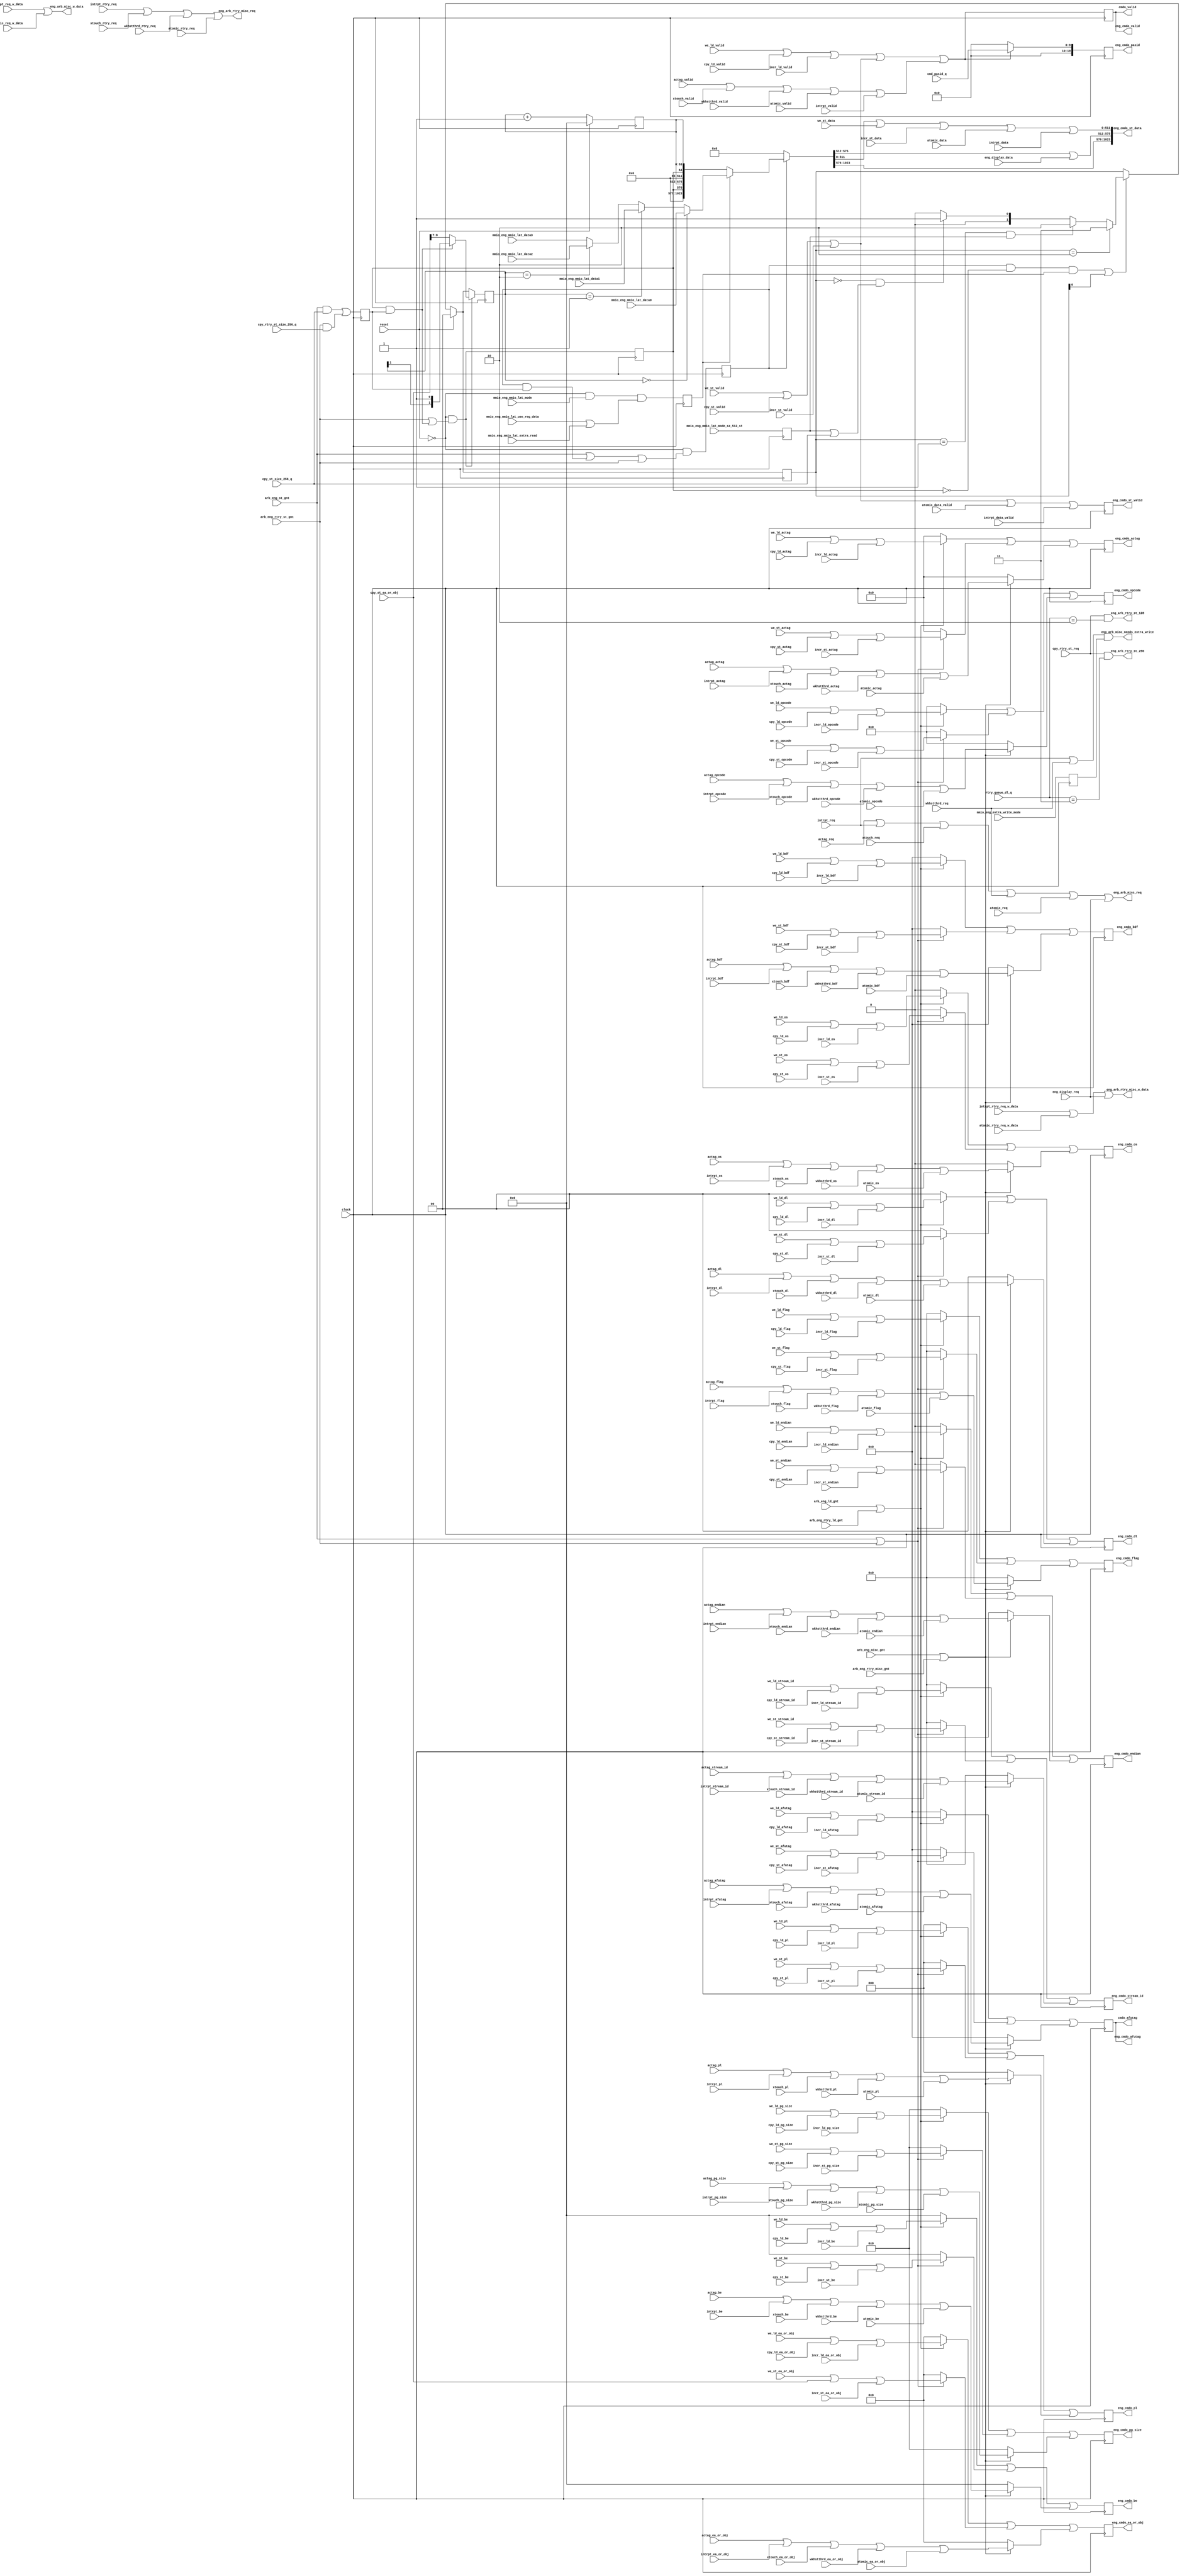
// *!***************************************************************************
// *! Copyright 2019 International Business Machines
// *!
// *! Licensed under the Apache License, Version 2.0 (the "License");
// *! you may not use this file except in compliance with the License.
// *! You may obtain a copy of the License at
// *! http://www.apache.org/licenses/LICENSE-2.0 
// *!
// *! The patent license granted to you in Section 3 of the License, as applied
// *! to the "Work," hereby includes implementations of the Work in physical form.  
// *!
// *! Unless required by applicable law or agreed to in writing, the reference design
// *! distributed under the License is distributed on an "AS IS" BASIS,
// *! WITHOUT WARRANTIES OR CONDITIONS OF ANY KIND, either express or implied.
// *! See the License for the specific language governing permissions and
// *! limitations under the License.
// *! 
// *! The background Specification upon which this is based is managed by and available from
// *! the OpenCAPI Consortium.  More information can be found at https://opencapi.org. 
// *!***************************************************************************
`timescale 1ns / 1ps

module afp3_eng_cmd_out
  (
  // -- Clocks and Reset
    input                 clock                                           
  , input                 reset

  // -- Register settings
  , input                 mmio_eng_extra_write_mode
  , input                 mmio_eng_mmio_lat_mode
  , input                 mmio_eng_mmio_lat_mode_sz_512_st
  , input                 mmio_eng_mmio_lat_use_reg_data
  , input                 mmio_eng_mmio_lat_extra_read

  , input        [1023:0] mmio_eng_mmio_lat_data0
  , input        [1023:0] mmio_eng_mmio_lat_data1
  , input        [1023:0] mmio_eng_mmio_lat_data2
  , input        [1023:0] mmio_eng_mmio_lat_data3

  // -- Inbound Arbitration Requests from each sequencer
  , input                 actag_req
  //, input                 we_ld_req
  //, input                 we_rtry_ld_req
  , input                 xtouch_req
  , input                 xtouch_rtry_req
  //, input                 cpy_ld_req
  //, input                 cpy_rtry_ld_req
  //, input                 cpy_st_req
  , input                 cpy_rtry_st_req
  , input                 wkhstthrd_req
  , input                 wkhstthrd_rtry_req
  //, input                 incr_ld_req
  //, input                 incr_st_req
  //, input                 incr_rtry_ld_req
  //, input                 incr_rtry_st_req
  , input                 atomic_req
  , input                 atomic_req_w_data
  , input                 atomic_rtry_req
  , input                 atomic_rtry_req_w_data
  , input                 intrpt_req
  , input                 intrpt_req_w_data
  , input                 intrpt_rtry_req
  , input                 intrpt_rtry_req_w_data
  //, input                 we_st_req
  //, input                 we_rtry_st_req
  , input                 eng_display_req

  // -- Inbound Command Buses from each sequencer
  , input                 actag_valid
  , input           [7:0] actag_opcode
  , input          [11:0] actag_actag
  , input           [3:0] actag_stream_id
  , input          [67:0] actag_ea_or_obj
  , input          [15:0] actag_afutag
  , input           [1:0] actag_dl
  , input           [2:0] actag_pl
  , input                 actag_os
  , input          [63:0] actag_be
  , input           [3:0] actag_flag
  , input                 actag_endian
  , input          [15:0] actag_bdf
  //, input          [19:0] actag_pasid
  , input           [5:0] actag_pg_size

  , input                 we_ld_valid
  , input           [7:0] we_ld_opcode
  , input          [11:0] we_ld_actag
  , input           [3:0] we_ld_stream_id
  , input          [67:0] we_ld_ea_or_obj
  , input          [15:0] we_ld_afutag
  , input           [1:0] we_ld_dl
  , input           [2:0] we_ld_pl
  , input                 we_ld_os
  , input          [63:0] we_ld_be
  , input           [3:0] we_ld_flag
  , input                 we_ld_endian
  , input          [15:0] we_ld_bdf
  //, input          [19:0] we_ld_pasid
  , input           [5:0] we_ld_pg_size

  , input                 xtouch_valid
  , input           [7:0] xtouch_opcode
  , input          [11:0] xtouch_actag
  , input           [3:0] xtouch_stream_id
  , input          [67:0] xtouch_ea_or_obj
  , input          [15:0] xtouch_afutag
  , input           [1:0] xtouch_dl
  , input           [2:0] xtouch_pl
  , input                 xtouch_os
  , input          [63:0] xtouch_be
  , input           [3:0] xtouch_flag
  , input                 xtouch_endian
  , input          [15:0] xtouch_bdf
  //, input          [19:0] xtouch_pasid
  , input           [5:0] xtouch_pg_size

  , input                 cpy_ld_valid
  , input           [7:0] cpy_ld_opcode
  , input          [11:0] cpy_ld_actag
  , input           [3:0] cpy_ld_stream_id
  , input          [67:0] cpy_ld_ea_or_obj
  , input          [15:0] cpy_ld_afutag
  , input           [1:0] cpy_ld_dl
  , input           [2:0] cpy_ld_pl
  , input                 cpy_ld_os
  , input          [63:0] cpy_ld_be
  , input           [3:0] cpy_ld_flag
  , input                 cpy_ld_endian
  , input          [15:0] cpy_ld_bdf
  //, input          [19:0] cpy_ld_pasid
  , input           [5:0] cpy_ld_pg_size

  , input                 cpy_st_valid
  , input           [7:0] cpy_st_opcode
  , input          [11:0] cpy_st_actag
  , input           [3:0] cpy_st_stream_id
  , input          [67:0] cpy_st_ea_or_obj
  , input          [15:0] cpy_st_afutag
  , input           [1:0] cpy_st_dl
  , input           [2:0] cpy_st_pl
  , input                 cpy_st_os
  , input          [63:0] cpy_st_be
  , input           [3:0] cpy_st_flag
  , input                 cpy_st_endian
  , input          [15:0] cpy_st_bdf
  //, input          [19:0] cpy_st_pasid
  , input           [5:0] cpy_st_pg_size

  , input                 wkhstthrd_valid
  , input           [7:0] wkhstthrd_opcode
  , input          [11:0] wkhstthrd_actag
  , input           [3:0] wkhstthrd_stream_id
  , input          [67:0] wkhstthrd_ea_or_obj
  , input          [15:0] wkhstthrd_afutag
  , input           [1:0] wkhstthrd_dl
  , input           [2:0] wkhstthrd_pl
  , input                 wkhstthrd_os
  , input          [63:0] wkhstthrd_be
  , input           [3:0] wkhstthrd_flag
  , input                 wkhstthrd_endian
  , input          [15:0] wkhstthrd_bdf
  //, input          [19:0] wkhstthrd_pasid
  , input           [5:0] wkhstthrd_pg_size

  , input                 incr_ld_valid
  , input           [7:0] incr_ld_opcode
  , input          [11:0] incr_ld_actag
  , input           [3:0] incr_ld_stream_id
  , input          [67:0] incr_ld_ea_or_obj
  , input          [15:0] incr_ld_afutag
  , input           [1:0] incr_ld_dl
  , input           [2:0] incr_ld_pl
  , input                 incr_ld_os
  , input          [63:0] incr_ld_be
  , input           [3:0] incr_ld_flag
  , input                 incr_ld_endian
  , input          [15:0] incr_ld_bdf
  //, input          [19:0] incr_ld_pasid
  , input           [5:0] incr_ld_pg_size

  , input                 incr_st_valid
  , input           [7:0] incr_st_opcode
  , input          [11:0] incr_st_actag
  , input           [3:0] incr_st_stream_id
  , input          [67:0] incr_st_ea_or_obj
  , input          [15:0] incr_st_afutag
  , input           [1:0] incr_st_dl
  , input           [2:0] incr_st_pl
  , input                 incr_st_os
  , input          [63:0] incr_st_be
  , input           [3:0] incr_st_flag
  , input                 incr_st_endian
  , input          [15:0] incr_st_bdf
  //, input          [19:0] incr_st_pasid
  , input           [5:0] incr_st_pg_size

  , input                 atomic_valid
  , input           [7:0] atomic_opcode
  , input          [11:0] atomic_actag
  , input           [3:0] atomic_stream_id
  , input          [67:0] atomic_ea_or_obj
  , input          [15:0] atomic_afutag
  , input           [1:0] atomic_dl
  , input           [2:0] atomic_pl
  , input                 atomic_os
  , input          [63:0] atomic_be
  , input           [3:0] atomic_flag
  , input                 atomic_endian
  , input          [15:0] atomic_bdf
  //, input          [19:0] atomic_pasid
  , input           [5:0] atomic_pg_size

  , input                 intrpt_valid
  , input           [7:0] intrpt_opcode
  , input          [11:0] intrpt_actag
  , input           [3:0] intrpt_stream_id
  , input          [67:0] intrpt_ea_or_obj
  , input          [15:0] intrpt_afutag
  , input           [1:0] intrpt_dl
  , input           [2:0] intrpt_pl
  , input                 intrpt_os
  , input          [63:0] intrpt_be
  , input           [3:0] intrpt_flag
  , input                 intrpt_endian
  , input          [15:0] intrpt_bdf
  //, input          [19:0] intrpt_pasid
  , input           [5:0] intrpt_pg_size

  , input                 we_st_valid
  , input           [7:0] we_st_opcode
  , input          [11:0] we_st_actag
  , input           [3:0] we_st_stream_id
  , input          [67:0] we_st_ea_or_obj
  , input          [15:0] we_st_afutag
  , input           [1:0] we_st_dl
  , input           [2:0] we_st_pl
  , input                 we_st_os
  , input          [63:0] we_st_be
  , input           [3:0] we_st_flag
  , input                 we_st_endian
  , input          [15:0] we_st_bdf
  //, input          [19:0] we_st_pasid
  , input           [5:0] we_st_pg_size

  , input           [9:0] cmd_pasid_q

  // -- Inbound Data Buses from each sequencer
  //, input        [1023:0] cpy_st_data
  , input         [511:0] incr_st_data
  , input         [511:0] atomic_data
  , input         [511:0] intrpt_data
  , input         [511:0] we_st_data
  , input          [63:0] eng_display_data

  , input                 atomic_data_valid
  , input                 intrpt_data_valid

  // -- Arbitration Requests to ARB (combine input arb requests and sent out to arb)
  //, output                eng_arb_ld_req
  //, output                eng_arb_st_req
  , output                eng_arb_misc_req
  , output                eng_arb_misc_needs_extra_write
  //, output                eng_arb_rtry_ld_req
  //, output                eng_arb_rtry_st_req
  , output                eng_arb_rtry_misc_req

  //, input            [1:0] cpy_st_size_encoded_d
  , input            [1:0] rtry_queue_dl_q
  , input                  cpy_st_size_256_q
  , input                  cpy_rtry_st_size_256_q
  //, input           [1:0] eng_display_ary_select_q

  //, output                eng_arb_st_256
  //, output                eng_arb_st_128
  , output                eng_arb_rtry_st_256
  , output                eng_arb_rtry_st_128
  , output                eng_arb_misc_w_data
  , output                eng_arb_rtry_misc_w_data

  // -- Arbitration Grants from ARB
  , input                 arb_eng_ld_gnt
  , input                 arb_eng_st_gnt
  , input                 arb_eng_misc_gnt
  , input                 arb_eng_rtry_ld_gnt                                                                  
  , input                 arb_eng_rtry_st_gnt                                                                  
  , input                 arb_eng_rtry_misc_gnt

  // -- Command Output signals
  , output                eng_cmdo_valid
  , output          [7:0] eng_cmdo_opcode
  , output         [11:0] eng_cmdo_actag
  , output          [3:0] eng_cmdo_stream_id
  , output         [67:0] eng_cmdo_ea_or_obj
  , output         [15:0] eng_cmdo_afutag
  , output          [1:0] eng_cmdo_dl
  , output          [2:0] eng_cmdo_pl
  , output                eng_cmdo_os
  , output         [63:0] eng_cmdo_be
  , output          [3:0] eng_cmdo_flag
  , output                eng_cmdo_endian
  , output         [15:0] eng_cmdo_bdf
  , output         [19:0] eng_cmdo_pasid
  , output          [5:0] eng_cmdo_pg_size

  // -- Data Output signals
  , output                eng_cmdo_st_valid
  , output       [1023:0] eng_cmdo_st_data

  // -- Send to resp_decode for checking for valid afutag
  , output                cmdo_valid 
  , output         [15:0] cmdo_afutag

  );

  // -- ********************************************************************************************************************************
  // -- Signal declarations
  // -- ********************************************************************************************************************************

  // -- cpy_st_data
  wire   [1023:0] counter_data;
  wire            mmio_lat_data_next_en;
  wire      [1:0] rtry_mmio_lat_data_sel;
  wire   [1023:0] mmio_lat_reg_data;
  wire   [1023:0] cpy_st_data_raw;
  wire   [1023:0] cpy_st_data;

  // -- cmdo_ld
  wire            cmdo_ld_valid;
  reg       [7:0] cmdo_ld_opcode;
  reg      [11:0] cmdo_ld_actag;
  reg       [3:0] cmdo_ld_stream_id;
  reg      [67:0] cmdo_ld_ea_or_obj;
  reg      [15:0] cmdo_ld_afutag;
  reg       [1:0] cmdo_ld_dl;
  reg       [2:0] cmdo_ld_pl;
  reg             cmdo_ld_os;
  reg      [63:0] cmdo_ld_be;
  reg       [3:0] cmdo_ld_flag;
  reg             cmdo_ld_endian;
  reg      [15:0] cmdo_ld_bdf;
  //reg      [19:0] cmdo_ld_pasid;
  reg       [5:0] cmdo_ld_pg_size;

  // -- cmdo_st
  wire            cmdo_st_valid;
  reg       [7:0] cmdo_st_opcode;
  reg      [11:0] cmdo_st_actag;
  reg       [3:0] cmdo_st_stream_id;
  reg      [67:0] cmdo_st_ea_or_obj;
  reg      [15:0] cmdo_st_afutag;
  reg       [1:0] cmdo_st_dl;
  reg       [2:0] cmdo_st_pl;
  reg             cmdo_st_os;
  reg      [63:0] cmdo_st_be;
  reg       [3:0] cmdo_st_flag;
  reg             cmdo_st_endian;
  reg      [15:0] cmdo_st_bdf;
  //reg      [19:0] cmdo_st_pasid;
  reg       [5:0] cmdo_st_pg_size;

  // -- cmdo_misc
  wire            cmdo_misc_valid;
  reg       [7:0] cmdo_misc_opcode;
  reg      [11:0] cmdo_misc_actag;
  reg       [3:0] cmdo_misc_stream_id;
  reg      [67:0] cmdo_misc_ea_or_obj;
  reg      [15:0] cmdo_misc_afutag;
  reg       [1:0] cmdo_misc_dl;
  reg       [2:0] cmdo_misc_pl;
  reg             cmdo_misc_os;
  reg      [63:0] cmdo_misc_be;
  reg       [3:0] cmdo_misc_flag;
  reg             cmdo_misc_endian;
  reg      [15:0] cmdo_misc_bdf;
  //reg      [19:0] cmdo_misc_pasid;
  reg       [5:0] cmdo_misc_pg_size;


  // -- ********************************************************************************************************************************
  // -- Latch Signal declarations (including latch enable signals)
  // -- ********************************************************************************************************************************

  // -- cpy_st_data
  wire     [63:0] time_counter_d;
 `ifdef MARK_DEBUG_ACTIVE (* mark_debug = "TRUE" *) `endif
  reg      [63:0] time_counter_q;
  wire            cpy_st_size_256_dly_d;
  reg             cpy_st_size_256_dly_q;
  wire            cpy_st_gnt_dly_d;
  reg             cpy_st_gnt_dly_q;
  wire            rtry_st_gnt_dly_d;
  reg             rtry_st_gnt_dly_q;

  //wire            mmio_eng_extra_write_mode_d;
  reg             mmio_eng_extra_write_mode_q;

  // -- for MMIO ping-pong latency mode
  wire            mmio_eng_mmio_lat_mode_sz_512_st_d;
  reg             mmio_eng_mmio_lat_mode_sz_512_st_q;
  wire            mmio_lat_use_reg_data_d;
  reg             mmio_lat_use_reg_data_q;
  wire      [1:0] mmio_lat_data_next_d;
  reg       [1:0] mmio_lat_data_next_q;
  wire      [1:0] mmio_lat_data_sel_d;
  reg       [1:0] mmio_lat_data_sel_q;

  // -- eng_cmdo outbound interface latches
  wire            cmdo_valid_d;
  reg             cmdo_valid_q;
  wire      [7:0] cmdo_opcode_d;
  reg       [7:0] cmdo_opcode_q;
  wire     [11:0] cmdo_actag_d;
  reg      [11:0] cmdo_actag_q;
  wire      [3:0] cmdo_stream_id_d;
  reg       [3:0] cmdo_stream_id_q;
  wire     [67:0] cmdo_ea_or_obj_d;
  reg      [67:0] cmdo_ea_or_obj_q;
  wire     [15:0] cmdo_afutag_d;
  reg      [15:0] cmdo_afutag_q;
  wire      [1:0] cmdo_dl_d;
  reg       [1:0] cmdo_dl_q;
  wire      [2:0] cmdo_pl_d;
  reg       [2:0] cmdo_pl_q;
  wire            cmdo_os_d;
  reg             cmdo_os_q;
  wire     [63:0] cmdo_be_d;
  reg      [63:0] cmdo_be_q;
  wire      [3:0] cmdo_flag_d;
  reg       [3:0] cmdo_flag_q;
  wire            cmdo_endian_d;
  reg             cmdo_endian_q;
  wire     [15:0] cmdo_bdf_d;
  reg      [15:0] cmdo_bdf_q;
  wire     [19:0] cmdo_pasid_d;
  reg      [19:0] cmdo_pasid_q;
  wire      [5:0] cmdo_pg_size_d;
  reg       [5:0] cmdo_pg_size_q;
  wire            cmdo_st_valid_d;
  reg             cmdo_st_valid_q;


  // -- ********************************************************************************************************************************
  // -- Output Interface to arb 
  // -- ********************************************************************************************************************************

  // -- Drive Requests interface raw (unlatched) - multiple engines may drive requests, only a single engine may drive cmd when granted to do so
//  assign  eng_arb_ld_req           =  ( we_ld_req       || cpy_ld_req || incr_ld_req );
//  assign  eng_arb_st_req           =  ( we_st_req       || cpy_st_req || incr_st_req );
  assign  eng_arb_misc_req         =  ( actag_req       || intrpt_req ||  xtouch_req || wkhstthrd_req || atomic_req || eng_display_req ); // -- If adding terms, update eng_display_req_blocker term
  assign  eng_arb_misc_needs_extra_write  =  ( intrpt_req || wkhstthrd_req ) && mmio_eng_extra_write_mode_q;

//  assign  eng_arb_rtry_ld_req      =  ( we_rtry_ld_req  || cpy_rtry_ld_req || incr_rtry_ld_req );
//  assign  eng_arb_rtry_st_req      =  ( we_rtry_st_req  || cpy_rtry_st_req || incr_rtry_st_req );
  assign  eng_arb_rtry_misc_req    =  ( intrpt_rtry_req || xtouch_rtry_req || wkhstthrd_rtry_req || atomic_rtry_req );

  // -- Arbiters need to know how many beats of data to determine if enough data credits
//  assign  eng_arb_st_256           =  ( cpy_st_req && ( cpy_st_size_encoded_d[1:0] == 2'b11 ));  // -- Attempt to improve single engine performance (size_encoded_d was dl)
//  assign  eng_arb_st_128           =  ( cpy_st_req && ( cpy_st_size_encoded_d[1:0] == 2'b10 ));  // --   (See corresponding change to cpy_st_req)

  assign  eng_arb_rtry_st_256      =  ( cpy_rtry_st_req && ( rtry_queue_dl_q[1:0] == 2'b11 ));   // -- Attempt to improve single engine performance (size_encoded_d was dl)
  assign  eng_arb_rtry_st_128      =  ( cpy_rtry_st_req && ( rtry_queue_dl_q[1:0] == 2'b10 ));   // --   (See corresponding change to cpy_rtry_st_req)

  // -- Arbiters need to know if cmd is to be sent with or without data to determine if need to check for a data credit
  assign  eng_arb_misc_w_data      =  ( intrpt_req_w_data      || atomic_req_w_data );
  assign  eng_arb_rtry_misc_w_data =  ( intrpt_rtry_req_w_data || atomic_rtry_req_w_data || eng_display_req );


  // -- ********************************************************************************************************************************
  // -- Time counter, for calculating latency
  // -- ********************************************************************************************************************************
  assign  time_counter_d[63:0]   =  reset ?  64'b0  :  (time_counter_q + 64'b1);

  assign  cpy_st_size_256_dly_d  =  ((  arb_eng_st_gnt      &&      cpy_st_size_256_q ) ||
                                     (  arb_eng_rtry_st_gnt && cpy_rtry_st_size_256_q ));
                                     // (  arb_eng_misc_gnt    &&   eng_display_size[8] ));  //     Removed: always 64B

  // Gate cpy_st_data with delayed grant
  assign  cpy_st_gnt_dly_d       =  ~reset &&
                                    (( ( arb_eng_st_gnt ) ||
				      ( cpy_st_gnt_dly_q && cpy_st_size_256_dly_q ) ||  // -- cpy_st_size_256B covers both normal and retry
				      ( arb_eng_rtry_st_gnt ) ));
				   //   ( arb_eng_misc_gnt && ( eng_display_ary_select_q[1:0] == 2'b00 )) );  //-- Removed 11/02/17.  I think I was trying to mimic the display scenario from MCP, but the arrays don't exist anymore, and this ends up putting data on actag command

  assign  rtry_st_gnt_dly_d      =    ~reset &&
                                      (  arb_eng_rtry_st_gnt ||
				       ( rtry_st_gnt_dly_q && cpy_st_size_256_dly_q ));


  //assign  cpy_st_data[1023:577]  =  447'b0;
  //assign  cpy_st_data[576]       =  rtry_st_gnt_dly_q;
  //assign  cpy_st_data[575:512]   =  cpy_st_gnt_dly_q ?  time_counter_q[63:0]  :  64'b0;

  //assign  cpy_st_data[511:65]    =  447'b0;
  //assign  cpy_st_data[64]        =  rtry_st_gnt_dly_q;
  //assign  cpy_st_data[63:0]      =  cpy_st_gnt_dly_q ?  time_counter_q[63:0]  :  64'b0;

  // Store data:  every 64B will contain the time_count, and whether or not this is a retry
  assign  counter_data[1023:512]   =  {447'b0, rtry_st_gnt_dly_q, time_counter_q[63:0]};
  assign  counter_data[ 511:0  ]   =  {447'b0, rtry_st_gnt_dly_q, time_counter_q[63:0]};

  // -- ********************************************************************************************************************************
  // -- Mux data for MMIO ping-pong latency mode
  // -- ********************************************************************************************************************************
  assign  mmio_eng_mmio_lat_mode_sz_512_st_d  = mmio_eng_mmio_lat_mode_sz_512_st;
  assign  mmio_lat_use_reg_data_d          = (~reset) & mmio_eng_mmio_lat_mode &
                                             (mmio_eng_mmio_lat_use_reg_data | mmio_eng_mmio_lat_extra_read);  // Use register data for extra read mode or when use_reg_data is set

  // Keep track of which data we need to send next when using register data
  assign  mmio_lat_data_next_en = //(reset |
                                   (cpy_st_gnt_dly_q & ~rtry_st_gnt_dly_q & mmio_lat_use_reg_data_q) |
                                   (mmio_lat_data_next_q[0] == 1'b1);  // Need to toggle after 2nd half of 256B store data

  // Wraps back to 00 at different points, depending on the data size
  assign  mmio_lat_data_next_d[1:0]  = reset  ?  2'b00 :
                      ~mmio_lat_data_next_en  ? mmio_lat_data_next_q[1:0] :  // added this because otherwise mmio_lat_data_sel_d is wrong
             (mmio_lat_data_next_q == 2'b10)  ?  2'b11 :
    (mmio_lat_data_next_q == 2'b01) &&  mmio_eng_mmio_lat_mode_sz_512_st_q  ?  2'b10 :
    (mmio_lat_data_next_q == 2'b00) && (mmio_eng_mmio_lat_mode_sz_512_st_q || cpy_st_size_256_q)  ?  2'b01 :
                                                 2'b00;

  // Data select for retries.  This signal is 1 cycle before data selected.
  assign  rtry_mmio_lat_data_sel[1:0]  =
    (rtry_st_gnt_dly_q && cpy_st_size_256_dly_q)  ? { mmio_lat_data_sel_q[1] , 1'b1 } :  // 2nd half of 256B retry
                                                    cpy_st_ea_or_obj[8:7];               // 128B retry or 1st half of 256B retry

  assign  mmio_lat_data_sel_d[1:0]  =  rtry_st_gnt_dly_d  ?  rtry_mmio_lat_data_sel[1:0]  :
						             mmio_lat_data_next_d[1:0];

  // Select which mmio latency data to use when using register data
  assign  mmio_lat_reg_data[1023:0]  =  (mmio_lat_data_sel_q == 2'b00)  ?  mmio_eng_mmio_lat_data0[1023:0]  :
                                        (mmio_lat_data_sel_q == 2'b01)  ?  mmio_eng_mmio_lat_data1[1023:0]  :
                                        (mmio_lat_data_sel_q == 2'b10)  ?  mmio_eng_mmio_lat_data2[1023:0]  :
                                                                           mmio_eng_mmio_lat_data3[1023:0] ;   //(mmio_lat_data_sel_q == 2'b11)

  // Select between register data and counter
  assign  cpy_st_data_raw[1023:0]  =  mmio_lat_use_reg_data_q  ?  mmio_lat_reg_data[1023:0] :
                                                                  counter_data[1023:0];

  assign  cpy_st_data[1023:0]  =  cpy_st_gnt_dly_q ?  cpy_st_data_raw[1023:0]  : 1024'b0;  // Zero out when not using

  // -- ********************************************************************************************************************************
  // -- Output Interface to cmdo 
  // -- ********************************************************************************************************************************

  // -- Group commands into 5 types:  Loads(we_ld & cpy_ld), Stores(we_st & cpy_st), Misc(actag & intrpt),
  // --   Retry Loads(we_rtry_ld & cpy_rtry_ld) and Retry Stores(we_rtry_st, cpy_rtry_st)
  // -- Gate with unlatched corresponding grant pulse from pcmd to form single cycle command
  // -- Assume that only 1 of the 5 grants from arb will be active
  // -- Combine the 3 types into a single command, latch, and drive latched cmd to pcmd module one cycle after grant
                                                                        
  // -- Form cmdo_ld command (OR together all *_ld), gate with unlatched arb_*_ld_gnt
  assign  cmdo_ld_valid =  ( we_ld_valid || cpy_ld_valid || incr_ld_valid );

  always @*
    begin
      if( arb_eng_ld_gnt || arb_eng_rtry_ld_gnt )
        begin
          cmdo_ld_opcode[7:0]          =  ( we_ld_opcode[7:0]      | cpy_ld_opcode[7:0]      | incr_ld_opcode[7:0]     );
          cmdo_ld_actag[11:0]          =  ( we_ld_actag[11:0]      | cpy_ld_actag[11:0]      | incr_ld_actag[11:0]     );
          cmdo_ld_stream_id[3:0]       =  ( we_ld_stream_id[3:0]   | cpy_ld_stream_id[3:0]   | incr_ld_stream_id[3:0]  );
          cmdo_ld_ea_or_obj[67:0]      =  ( we_ld_ea_or_obj[67:0]  | cpy_ld_ea_or_obj[67:0]  | incr_ld_ea_or_obj[67:0] );
          cmdo_ld_afutag[15:0]         =  ( we_ld_afutag[15:0]     | cpy_ld_afutag[15:0]     | incr_ld_afutag[15:0]    );
          cmdo_ld_dl[1:0]              =  ( we_ld_dl[1:0]          | cpy_ld_dl[1:0]          | incr_ld_dl[1:0]         );
          cmdo_ld_pl[2:0]              =  ( we_ld_pl[2:0]          | cpy_ld_pl[2:0]          | incr_ld_pl[2:0]         );
          cmdo_ld_os                   =  ( we_ld_os              || cpy_ld_os              || incr_ld_os              );
          cmdo_ld_be[63:0]             =  ( we_ld_be[63:0]         | cpy_ld_be[63:0]         | incr_ld_be[63:0]        );
          cmdo_ld_flag[3:0]            =  ( we_ld_flag[3:0]        | cpy_ld_flag[3:0]        | incr_ld_flag[3:0]       );
          cmdo_ld_endian               =  ( we_ld_endian          || cpy_ld_endian          || incr_ld_endian          );
          cmdo_ld_bdf[15:0]            =  ( we_ld_bdf[15:0]        | cpy_ld_bdf[15:0]        | incr_ld_bdf[15:0]       );
          //cmdo_ld_pasid[19:0]          =  ( we_ld_pasid[19:0]      | cpy_ld_pasid[19:0]      | incr_ld_pasid[19:0]     );
          cmdo_ld_pg_size[5:0]         =  ( we_ld_pg_size[5:0]     | cpy_ld_pg_size[5:0]     | incr_ld_pg_size[5:0]    );
        end
      else
        begin
          cmdo_ld_opcode[7:0]          =   8'b0;
          cmdo_ld_actag[11:0]          =  12'b0;
          cmdo_ld_stream_id[3:0]       =   4'b0;
          cmdo_ld_ea_or_obj[67:0]      =  68'b0;
          cmdo_ld_afutag[15:0]         =  16'b0;
          cmdo_ld_dl[1:0]              =   2'b0;
          cmdo_ld_pl[2:0]              =   3'b0;
          cmdo_ld_os                   =   1'b0;
          cmdo_ld_be[63:0]             =  64'b0;
          cmdo_ld_flag[3:0]            =   4'b0;
          cmdo_ld_endian               =   1'b0;
          cmdo_ld_bdf[15:0]            =  16'b0;
          //cmdo_ld_pasid[19:0]          =  20'b0;
          cmdo_ld_pg_size[5:0]         =   6'b0;
        end
    end // -- always @ *

  // -- Form cmdo_st command (OR together all *_st commands)
  assign  cmdo_st_valid =  ( we_st_valid || cpy_st_valid || incr_st_valid );

  always @*
    begin
      if( arb_eng_st_gnt || arb_eng_rtry_st_gnt )
        begin
          cmdo_st_opcode[7:0]          =  ( we_st_opcode[7:0]      | cpy_st_opcode[7:0]      | incr_st_opcode[7:0]     );
          cmdo_st_actag[11:0]          =  ( we_st_actag[11:0]      | cpy_st_actag[11:0]      | incr_st_actag[11:0]     );
          cmdo_st_stream_id[3:0]       =  ( we_st_stream_id[3:0]   | cpy_st_stream_id[3:0]   | incr_st_stream_id[3:0]  );
          cmdo_st_ea_or_obj[67:0]      =  ( we_st_ea_or_obj[67:0]  | cpy_st_ea_or_obj[67:0]  | incr_st_ea_or_obj[67:0] );
          cmdo_st_afutag[15:0]         =  ( we_st_afutag[15:0]     | cpy_st_afutag[15:0]     | incr_st_afutag[15:0]    );
          cmdo_st_dl[1:0]              =  ( we_st_dl[1:0]          | cpy_st_dl[1:0]          | incr_st_dl[1:0]         );
          cmdo_st_pl[2:0]              =  ( we_st_pl[2:0]          | cpy_st_pl[2:0]          | incr_st_pl[2:0]         );
          cmdo_st_os                   =  ( we_st_os              || cpy_st_os              || incr_st_os              );
          cmdo_st_be[63:0]             =  ( we_st_be[63:0]         | cpy_st_be[63:0]         | incr_st_be[63:0]        );
          cmdo_st_flag[3:0]            =  ( we_st_flag[3:0]        | cpy_st_flag[3:0]        | incr_st_flag[3:0]       );
          cmdo_st_endian               =  ( we_st_endian          || cpy_st_endian          || incr_st_endian          );
          cmdo_st_bdf[15:0]            =  ( we_st_bdf[15:0]        | cpy_st_bdf[15:0]        | incr_st_bdf[15:0]       );
          //cmdo_st_pasid[19:0]          =  ( we_st_pasid[19:0]      | cpy_st_pasid[19:0]      | incr_st_pasid[19:0]     );
          cmdo_st_pg_size[5:0]         =  ( we_st_pg_size[5:0]     | cpy_st_pg_size[5:0]     | incr_st_pg_size[5:0]    );
        end 
      else
        begin
          cmdo_st_opcode[7:0]          =   8'b0;
          cmdo_st_actag[11:0]          =  12'b0;
          cmdo_st_stream_id[3:0]       =   4'b0;
          cmdo_st_ea_or_obj[67:0]      =  68'b0;
          cmdo_st_afutag[15:0]         =  16'b0;
          cmdo_st_dl[1:0]              =   2'b0;
          cmdo_st_pl[2:0]              =   3'b0;
          cmdo_st_os                   =   1'b0;
          cmdo_st_be[63:0]             =  64'b0;
          cmdo_st_flag[3:0]            =   4'b0;
          cmdo_st_endian               =   1'b0;
          cmdo_st_bdf[15:0]            =  16'b0;
          //cmdo_st_pasid[19:0]          =  20'b0;
          cmdo_st_pg_size[5:0]         =   6'b0;
        end
    end // -- always @ *

  // -- Form cmdo_misc command (OR together all misc commands)
  assign  cmdo_misc_valid =  ( actag_valid || xtouch_valid || wkhstthrd_valid || atomic_valid || intrpt_valid );

  always @*
    begin
      if( arb_eng_misc_gnt || arb_eng_rtry_misc_gnt )
        begin
          cmdo_misc_opcode[7:0]        =  ( actag_opcode[7:0]      | intrpt_opcode[7:0]      | xtouch_opcode[7:0]      | wkhstthrd_opcode[7:0]      | atomic_opcode[7:0]     );
          cmdo_misc_actag[11:0]        =  ( actag_actag[11:0]      | intrpt_actag[11:0]      | xtouch_actag[11:0]      | wkhstthrd_actag[11:0]      | atomic_actag[11:0]     );
          cmdo_misc_stream_id[3:0]     =  ( actag_stream_id[3:0]   | intrpt_stream_id[3:0]   | xtouch_stream_id[3:0]   | wkhstthrd_stream_id[3:0]   | atomic_stream_id[3:0]  );
          cmdo_misc_ea_or_obj[67:0]    =  ( actag_ea_or_obj[67:0]  | intrpt_ea_or_obj[67:0]  | xtouch_ea_or_obj[67:0]  | wkhstthrd_ea_or_obj[67:0]  | atomic_ea_or_obj[67:0] );
          cmdo_misc_afutag[15:0]       =  ( actag_afutag[15:0]     | intrpt_afutag[15:0]     | xtouch_afutag[15:0]     | wkhstthrd_afutag[15:0]     | atomic_afutag[15:0]    );
          cmdo_misc_dl[1:0]            =  ( actag_dl[1:0]          | intrpt_dl[1:0]          | xtouch_dl[1:0]          | wkhstthrd_dl[1:0]          | atomic_dl[1:0]         );
          cmdo_misc_pl[2:0]            =  ( actag_pl[2:0]          | intrpt_pl[2:0]          | xtouch_pl[2:0]          | wkhstthrd_pl[2:0]          | atomic_pl[2:0]         );
          cmdo_misc_os                 =  ( actag_os              || intrpt_os              || xtouch_os              || wkhstthrd_os              || atomic_os              );
          cmdo_misc_be[63:0]           =  ( actag_be[63:0]         | intrpt_be[63:0]         | xtouch_be[63:0]         | wkhstthrd_be[63:0]         | atomic_be[63:0]        );
          cmdo_misc_flag[3:0]          =  ( actag_flag[3:0]        | intrpt_flag[3:0]        | xtouch_flag[3:0]        | wkhstthrd_flag[3:0]        | atomic_flag[3:0]       );
          cmdo_misc_endian             =  ( actag_endian          || intrpt_endian          || xtouch_endian          || wkhstthrd_endian          || atomic_endian          );                           
          cmdo_misc_bdf[15:0]          =  ( actag_bdf[15:0]        | intrpt_bdf[15:0]        | xtouch_bdf[15:0]        | wkhstthrd_bdf[15:0]        | atomic_bdf[15:0]       );
          //cmdo_misc_pasid[19:0]        =  ( actag_pasid[19:0]      | intrpt_pasid[19:0]      | xtouch_pasid[19:0]      | wkhstthrd_pasid[19:0]      | atomic_pasid[19:0]     );
          cmdo_misc_pg_size[5:0]       =  ( actag_pg_size[5:0]     | intrpt_pg_size[5:0]     | xtouch_pg_size[5:0]     | wkhstthrd_pg_size[5:0]     | atomic_pg_size[5:0]    );
        end
      else
        begin
          cmdo_misc_opcode[7:0]        =   8'b0;
          cmdo_misc_actag[11:0]        =  12'b0;
          cmdo_misc_stream_id[3:0]     =   4'b0;
          cmdo_misc_ea_or_obj[67:0]    =  68'b0;
          cmdo_misc_afutag[15:0]       =  16'b0;
          cmdo_misc_dl[1:0]            =   2'b0;
          cmdo_misc_pl[2:0]            =   3'b0;
          cmdo_misc_os                 =   1'b0;                               
          cmdo_misc_be[63:0]           =  64'b0;
          cmdo_misc_flag[3:0]          =   4'b0;
          cmdo_misc_endian             =   1'b0;                       
          cmdo_misc_bdf[15:0]          =  16'b0;
          //cmdo_misc_pasid[19:0]        =  20'b0;
          cmdo_misc_pg_size[5:0]       =   6'b0;
        end
    end // -- always @ *


  // -- Combine 3 types of commands into a single command and latch
  assign  cmdo_valid_d           =  ( cmdo_ld_valid          || cmdo_st_valid          || cmdo_misc_valid           );
  assign  cmdo_opcode_d[7:0]     =  ( cmdo_ld_opcode[7:0]     | cmdo_st_opcode[7:0]     | cmdo_misc_opcode[7:0]     );
  assign  cmdo_actag_d[11:0]     =  ( cmdo_ld_actag[11:0]     | cmdo_st_actag[11:0]     | cmdo_misc_actag[11:0]     );
  assign  cmdo_stream_id_d[3:0]  =  ( cmdo_ld_stream_id[3:0]  | cmdo_st_stream_id[3:0]  | cmdo_misc_stream_id[3:0]  );
  assign  cmdo_ea_or_obj_d[67:0] =  ( cmdo_ld_ea_or_obj[67:0] | cmdo_st_ea_or_obj[67:0] | cmdo_misc_ea_or_obj[67:0] );
  assign  cmdo_afutag_d[15:0]    =  ( cmdo_ld_afutag[15:0]    | cmdo_st_afutag[15:0]    | cmdo_misc_afutag[15:0]    );
  assign  cmdo_dl_d[1:0]         =  ( cmdo_ld_dl[1:0]         | cmdo_st_dl[1:0]         | cmdo_misc_dl[1:0]         );
  assign  cmdo_pl_d[2:0]         =  ( cmdo_ld_pl[2:0]         | cmdo_st_pl[2:0]         | cmdo_misc_pl[2:0]         );
  assign  cmdo_os_d              =  ( cmdo_ld_os             || cmdo_st_os             || cmdo_misc_os              );
  assign  cmdo_be_d[63:0]        =  ( cmdo_ld_be[63:0]        | cmdo_st_be[63:0]        | cmdo_misc_be[63:0]        );
  assign  cmdo_flag_d[3:0]       =  ( cmdo_ld_flag[3:0]       | cmdo_st_flag[3:0]       | cmdo_misc_flag[3:0]       );
  assign  cmdo_endian_d          =  ( cmdo_ld_endian         || cmdo_st_endian         || cmdo_misc_endian          );
  assign  cmdo_bdf_d[15:0]       =  ( cmdo_ld_bdf[15:0]       | cmdo_st_bdf[15:0]       | cmdo_misc_bdf[15:0]       );
  assign  cmdo_pasid_d[19:0]     =  cmdo_valid_d  ?  { 10'b0, cmd_pasid_q[9:0] }  :
                                                     20'b0;
  assign  cmdo_pg_size_d[5:0]    =  ( cmdo_ld_pg_size[5:0]    | cmdo_st_pg_size[5:0]    | cmdo_misc_pg_size[5:0]    );

  assign  cmdo_st_valid_d        =  cmdo_st_valid || atomic_data_valid || intrpt_data_valid;

  // -- Drive Command interface to cmdo module off a latch
  assign  eng_cmdo_valid             =  cmdo_valid_q;
  assign  eng_cmdo_opcode[7:0]       =  cmdo_opcode_q[7:0];
  assign  eng_cmdo_actag[11:0]       =  cmdo_actag_q[11:0];
  assign  eng_cmdo_stream_id[3:0]    =  cmdo_stream_id_q[3:0];
  assign  eng_cmdo_ea_or_obj[67:0]   =  cmdo_ea_or_obj_q[67:0];
  assign  eng_cmdo_afutag[15:0]      =  cmdo_afutag_q[15:0];
  assign  eng_cmdo_dl[1:0]           =  cmdo_dl_q[1:0];
  assign  eng_cmdo_pl[2:0]           =  cmdo_pl_q[2:0];
  assign  eng_cmdo_os                =  cmdo_os_q;
  assign  eng_cmdo_be[63:0]          =  cmdo_be_q[63:0];
  assign  eng_cmdo_flag[3:0]         =  cmdo_flag_q[3:0];
  assign  eng_cmdo_endian            =  cmdo_endian_q;
  assign  eng_cmdo_bdf[15:0]         =  cmdo_bdf_q[15:0];
  assign  eng_cmdo_pasid[19:0]       =  cmdo_pasid_q[19:0];
  assign  eng_cmdo_pg_size[5:0]      =  cmdo_pg_size_q[5:0];

  assign  eng_cmdo_st_valid          =  cmdo_st_valid_q;  // -- This is only valid for 1 cycle ... indicator to cmd xmit logic that there is data


  // -- OR data from cpy_st and we_st (NOTE: cpy_st_data is gated with latched copies of grant, so NOT right off of a latch)
  assign  eng_cmdo_st_data[1023:576] = cpy_st_data[1023:576];
  assign  eng_cmdo_st_data[575:512]  = cpy_st_data[575:512] | eng_display_data[63:0];                              
  assign  eng_cmdo_st_data[511:0]    = cpy_st_data[511:0] |
                                        we_st_data[511:0] |
                                      incr_st_data[511:0] |
                                       atomic_data[511:0] |
                                       intrpt_data[511:0];

  // -- Send to resp_decode for checking for valid afutag
  assign  cmdo_valid        =  cmdo_valid_q;
  assign  cmdo_afutag[15:0] =  cmdo_afutag_q[15:0];


  // -- ********************************************************************************************************************************
  // -- Latch Declarations
  // -- ********************************************************************************************************************************

  always @ ( posedge clock )
    begin

      // -- cpy_st data
      time_counter_q[63:0]                        <= time_counter_d[63:0];
      cpy_st_size_256_dly_q                       <= cpy_st_size_256_dly_d;
      cpy_st_gnt_dly_q                            <= cpy_st_gnt_dly_d;
      rtry_st_gnt_dly_q                           <= rtry_st_gnt_dly_d;

      mmio_eng_extra_write_mode_q                 <= mmio_eng_extra_write_mode;

      // -- for MMIO ping-pong latency mode
      mmio_eng_mmio_lat_mode_sz_512_st_q          <= mmio_eng_mmio_lat_mode_sz_512_st_d;
      mmio_lat_use_reg_data_q                     <= mmio_lat_use_reg_data_d;
      //if (mmio_lat_data_next_en)
      mmio_lat_data_next_q[1:0]                   <= mmio_lat_data_next_d[1:0];

      mmio_lat_data_sel_q[1:0]                    <= mmio_lat_data_sel_d[1:0];

      // -- eng_cmdo outbound interface latches
      cmdo_valid_q                                <= cmdo_valid_d;                 
      cmdo_opcode_q[7:0]                          <= cmdo_opcode_d[7:0];           
      cmdo_actag_q[11:0]                          <= cmdo_actag_d[11:0];           
      cmdo_stream_id_q[3:0]                       <= cmdo_stream_id_d[3:0];        
      cmdo_ea_or_obj_q[67:0]                      <= cmdo_ea_or_obj_d[67:0];       
      cmdo_afutag_q[15:0]                         <= cmdo_afutag_d[15:0];          
      cmdo_dl_q[1:0]                              <= cmdo_dl_d[1:0];               
      cmdo_pl_q[2:0]                              <= cmdo_pl_d[2:0];               
      cmdo_os_q                                   <= cmdo_os_d;                    
      cmdo_be_q[63:0]                             <= cmdo_be_d[63:0];              
      cmdo_flag_q[3:0]                            <= cmdo_flag_d[3:0];             
      cmdo_endian_q                               <= cmdo_endian_d;                
      cmdo_bdf_q[15:0]                            <= cmdo_bdf_d[15:0];             
      cmdo_pasid_q[19:0]                          <= cmdo_pasid_d[19:0];           
      cmdo_pg_size_q[5:0]                         <= cmdo_pg_size_d[5:0];          
      cmdo_st_valid_q                             <= cmdo_st_valid_d;              

    end // -- always @ *

endmodule